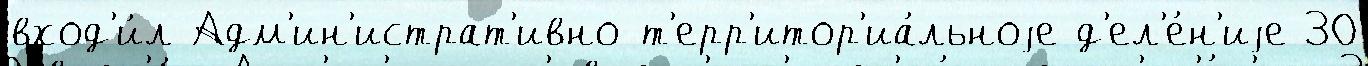
вход'и́л Адм'ин'истрат'ивно-т'ерр'итор'иа́льноjе д'ел'е́н'иjе 30